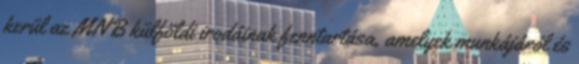
kerül az MNB külföldi irodáinak fenntartása, amelyek munkájáról és